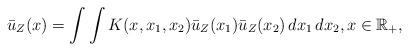
LaTeX: \begin{align*}\bar u_Z(x)=\int\int K(x,x_1,x_2)\bar u_Z(x_1)\bar u_Z(x_2)\,dx_1\,dx_2,x\in \mathbb R_+,\end{align*}